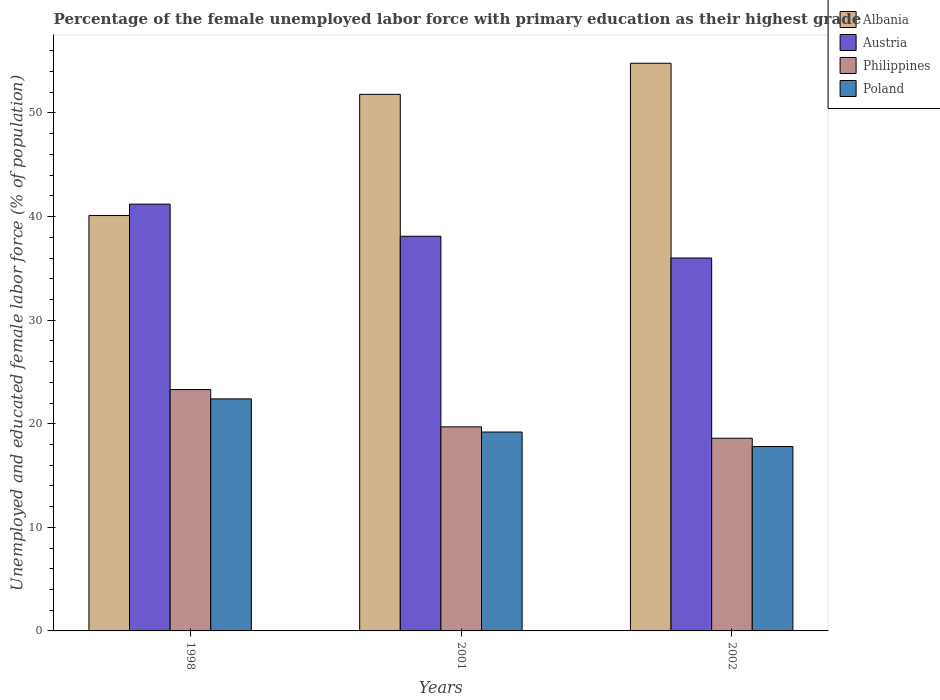
| Years | Albania | Austria | Philippines | Poland |
 | --- | --- | --- | --- | --- |
 | 1998 | 40.1 | 41.2 | 23.3 | 22.4 |
 | 2001 | 51.8 | 38.1 | 19.7 | 19.2 |
 | 2002 | 54.8 | 36 | 18.6 | 17.8 |